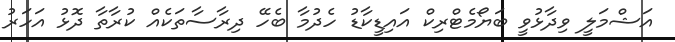
އަޝްމަލީ ވިދާޅުވީ ބަޔޯމެޓްރިކް އައިޑީކާޑު ހެދުމާ ބެހޭ ދިރާސާތަކެއް ކުރާތާ ދޮޅު އަހަރު